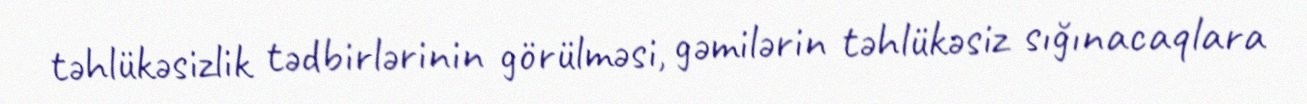
təhlükəsizlik tədbirlərinin görülməsi, gəmilərin təhlükəsiz sığınacaqlara